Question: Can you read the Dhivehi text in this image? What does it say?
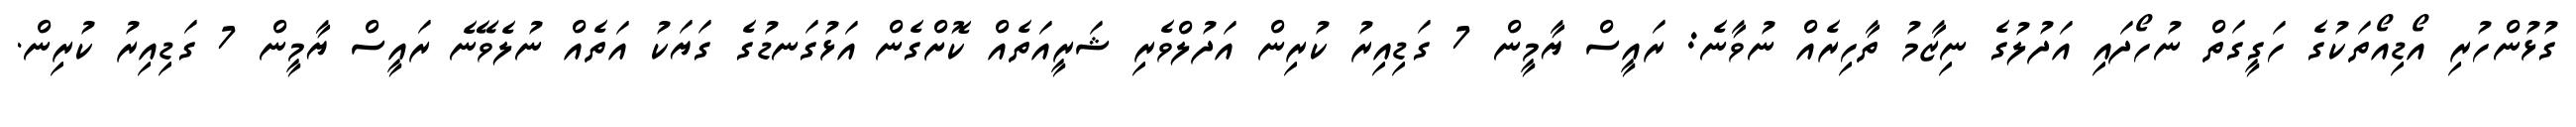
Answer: ގުޅުންހުރި އޯޑިއޯތަކުގެ ހަގީގަތް ނުހޯދައި އަދުލުގެ ނިޒާމު ތާހިރެއް ނުވާނެ: ރައީސް ޔާމީން 7 ގަޑިއިރު ކުރިން އަދުލްވެރި ޝަރީއަތެއް ކޮށްގެން އަޅުގަނޑުގެ ގަޔަކު އަތެއް ނުލެވޭނެ ރައީސް ޔާމީން 7 ގަޑިއިރު ކުރިން.